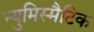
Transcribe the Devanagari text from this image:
न्युमिस्मैटिक